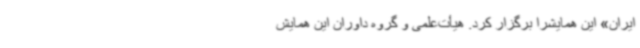
ایران» این همایشرا برگزار کرد. هیأت‌علمی و گروه داوران این همایش